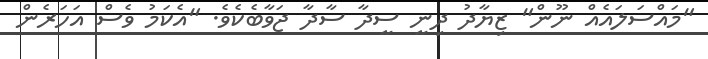
"މައްސަލައެއް ނޫން" ޒިޔާދު ދިނީ ސީދާ ސާދާ ޖަވާބެކެވެ. "އެކަމު ވެސް އަހަރެން